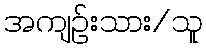
အကျဉ်းသား/သူ